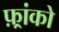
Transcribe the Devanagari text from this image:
फ़्रांको